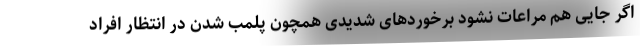
اگر جایی هم مراعات نشود برخوردهای شدیدی همچون پلمب شدن در انتظار افراد